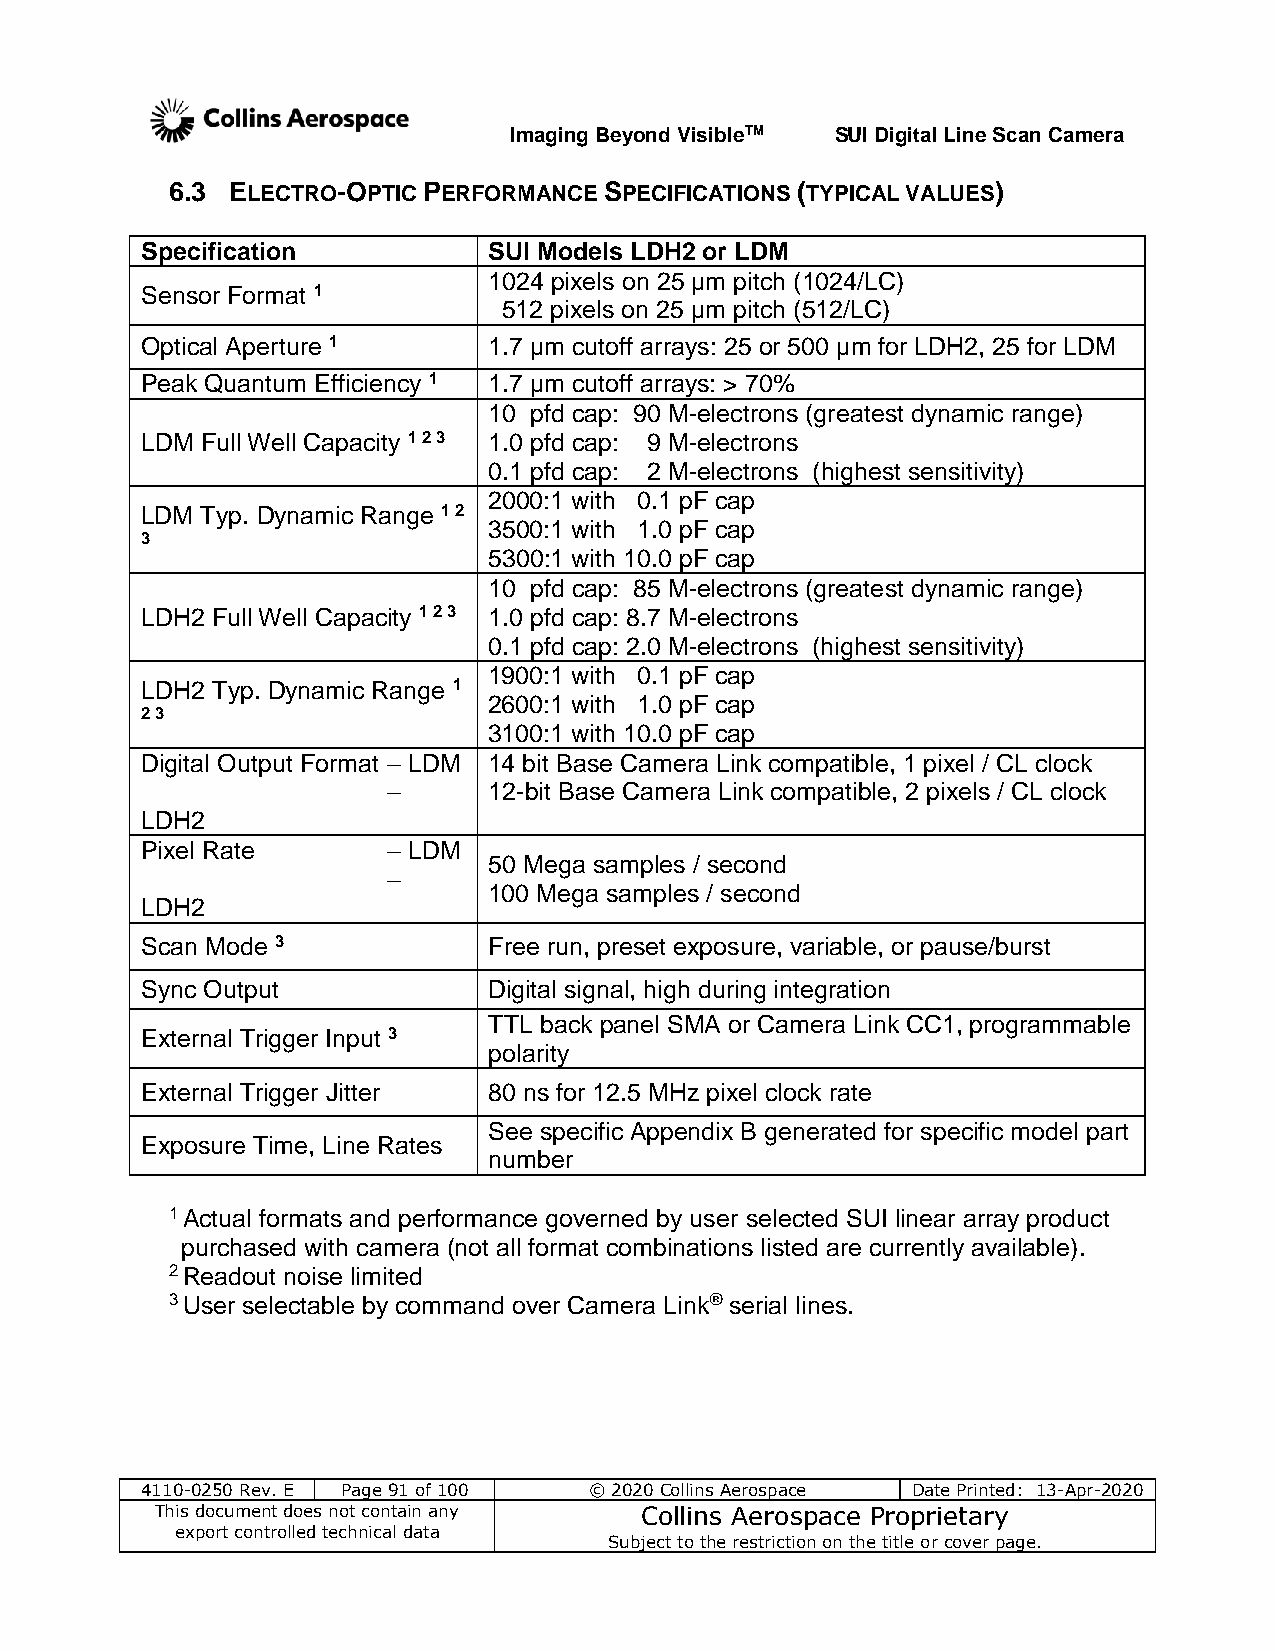
Imaging Beyond VisibleTM SUI Digital Line Scan Camera
 6.3 ELECTRO-OPTIC PERFORMANCE SPECIFICATIONS (TYPICAL VALUES)
 Specification          SUI Models LDH2 or LDM
 1024 pixels on 25 µm pitch (1024/LC)
 Sensor Format 1
 512 pixels on 25 µm pitch (512/LC)
 Optical Aperture 1     1.7 µm cutoff arrays: 25 or 500 µm for LDH2, 25 for LDM
 Peak Quantum Efficiency 1 1.7 µm cutoff arrays: > 70%
 10 pfd cap: 90 M-electrons (greatest dynamic range)
 LDM Full Well Capacity 1 2 3 1.0 pfd cap: 9 M-electrons
 0.1 pfd cap: 2 M-electrons (highest sensitivity)
 2000:1 with 0.1 pF cap
 LDM Typ. Dynamic Range 1 2
 3500:1 with 1.0 pF cap
 3
 5300:1 with 10.0 pF cap
 10 pfd cap: 85 M-electrons (greatest dynamic range)
 LDH2 Full Well Capacity 1 2 3 1.0 pfd cap: 8.7 M-electrons
 0.1 pfd cap: 2.0 M-electrons (highest sensitivity)
 1900:1 with 0.1 pF cap
 LDH2 Typ. Dynamic Range 1
 2600:1 with 1.0 pF cap
 2 3
 3100:1 with 10.0 pF cap
 Digital Output Format – LDM 14 bit Base Camera Link compatible, 1 pixel / CL clock
 –     12-bit Base Camera Link compatible, 2 pixels / CL clock
 LDH2
 Pixel Rate       – LDM
 50 Mega samples / second
 –
 100 Mega samples / second
 LDH2
 Scan Mode 3            Free run, preset exposure, variable, or pause/burst
 Sync Output            Digital signal, high during integration
 TTL back panel SMA or Camera Link CC1, programmable
 External Trigger Input 3
 polarity
 External Trigger Jitter 80 ns for 12.5 MHz pixel clock rate
 See specific Appendix B generated for specific model part
 Exposure Time, Line Rates
 number
 1 Actual formats and performance governed by user selected SUI linear array product
 purchased with camera (not all format combinations listed are currently available).
 2 Readout noise limited
 3 User selectable by command over Camera Link® serial lines.
 4110-0250 Rev. E Page 91 of 100 © 2020 Collins Aerospace Date Printed: 13-Apr-2020
 This document does not contain any Collins Aerospace Proprietary
 export controlled technical data
 Subject to the restriction on the title or cover page.